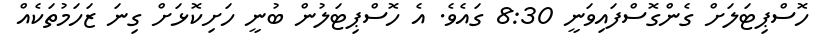
ހޮސްޕިޓަލަށް ގެންގޮސްފައިވަނީ 8:30 ގައެވެ. އެ ހޮސްޕިޓަލުން ބުނީ ހަށިކޮޅަށް ގިނަ ޒަހަމުތަކެއް